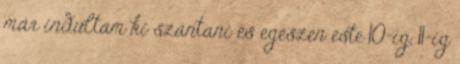
már indultam ki szántani és egészen este 10-ig, 11-ig